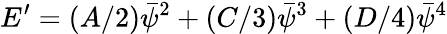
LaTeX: E^{\prime}=(A/2)\bar{\psi}^{2}+(C/3)\bar{\psi}^{3}+(D/4)\bar{\psi}^{4}